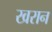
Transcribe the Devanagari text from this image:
खरान